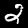
Label: 2